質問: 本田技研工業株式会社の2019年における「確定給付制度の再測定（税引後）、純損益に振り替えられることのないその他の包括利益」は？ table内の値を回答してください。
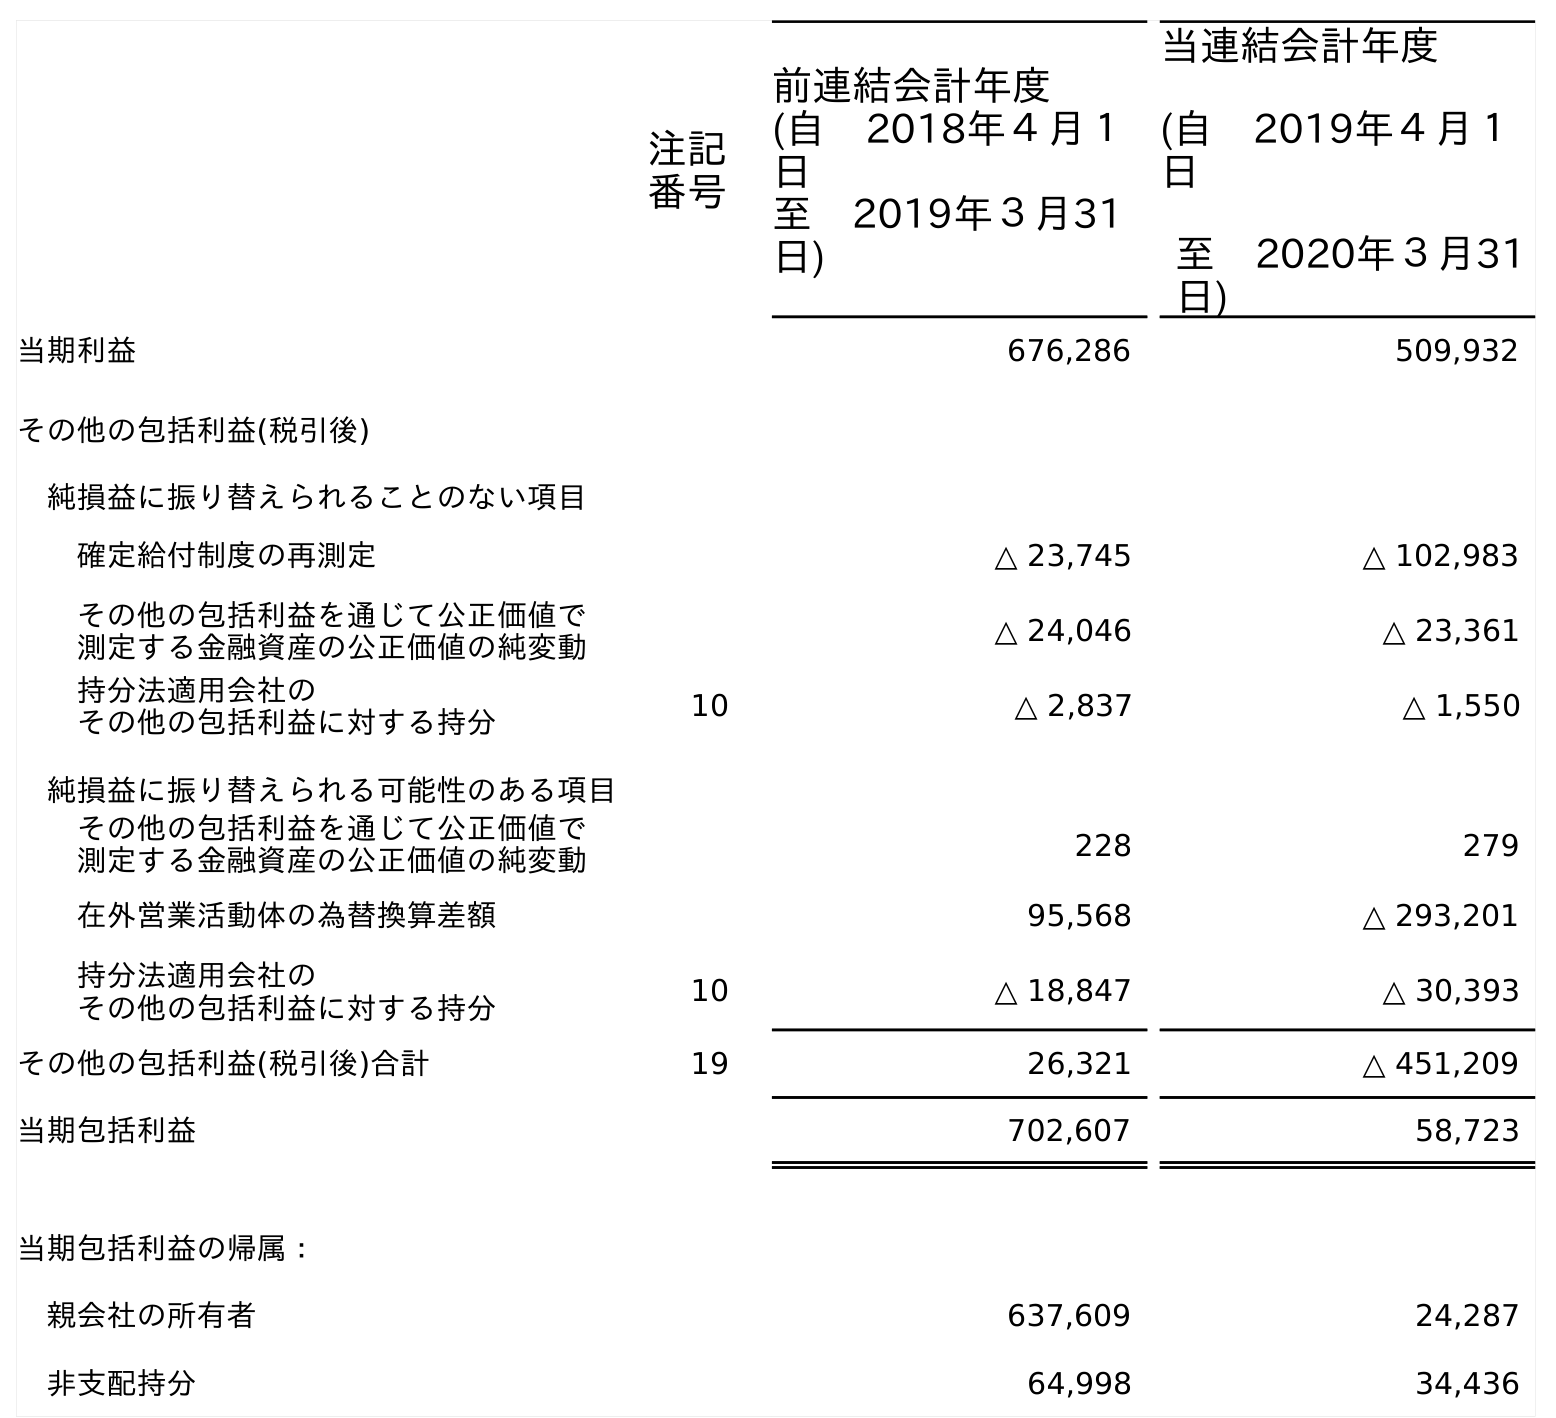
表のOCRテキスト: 注記 番号 前連結会計年度 (自 2018年４月１ 日 至 2019年３月31 日) 当連結会計年度 (自 2019年４月１ 日 至 2020年３月31 日) 当期利益 676,286 509,932 その他の包括利益(税引後) 純損益に振り替えられることのない項目 確定給付制度の再測定 △ 23,745 △ 102,983 その他の包括利益を通じて公正価値で 測定する金融資産の公正価値の純変動 △ 24,046 △ 23,361 持分法適用会社の その他の包括利益に対する持分 10 △ 2,837 △ 1,550 純損益に振り替えられる可能性のある項目 その他の包括利益を通じて公正価値で 測定する金融資産の公正価値の純変動 228 279 在外営業活動体の為替換算差額 95,568 △ 293,201 持分法適用会社の その他の包括利益に対する持分 10 △ 18,847 △ 30,393 その他の包括利益(税引後)合計 19 26,321 △ 451,209 当期包括利益 702,607 58,723 当期包括利益の帰属： 親会社の所有者 637,609 24,287 非支配持分 64,998 34,436
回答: △23,745